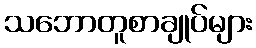
သဘောတူစာချုပ်များ